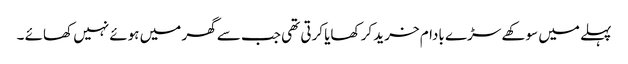
پہلے میں سوکھے سڑے بادام خرید کر کھایا کرتی تھی جب سے گھر میں ہوئے نہیں کھائے ۔